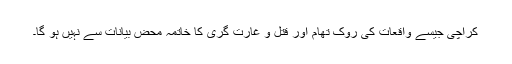
کراچی جیسے واقعات کی روک تھام اور قتل و غارت گری کا خاتمہ محض بیانات سے نہیں ہو گا۔